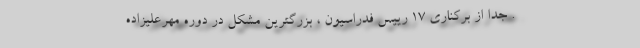
. جدا از برکناری ۱۷ رییس فدراسیون ، بزرگترین مشکل در دوره مهرعلیزاده